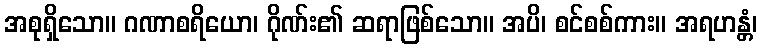
အစုရှိသော။ ဂဏာစရိယော၊ ဂိုဏ်း၏ ဆရာဖြစ်သော။ အပိ၊ စင်စစ်ကား။ အရဟန္တံ၊